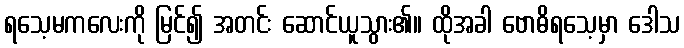
ရသေ့မကလေးကို မြင်၍ အတင်း ဆောင်ယူသွား၏။ ထိုအခါ ဗောဓိရသေ့မှာ ဒေါသ